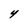
Character: 4